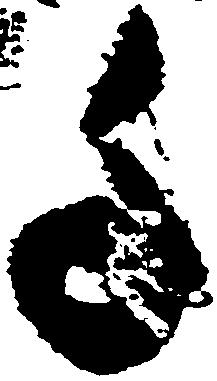
千